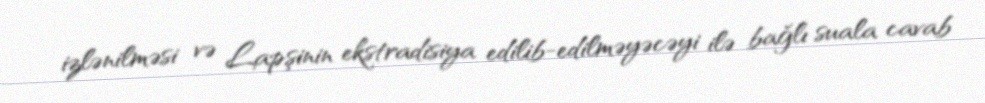
izlənilməsi və Lapşinin ekstradisiya edilib-edilməyəcəyi ilə bağlı suala cavab